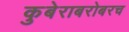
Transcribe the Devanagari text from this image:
कुबेराबरोबरच